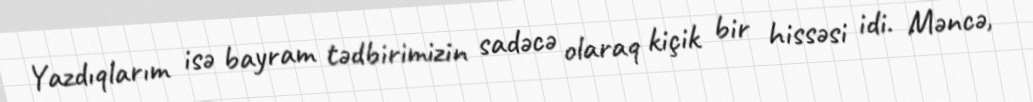
Yazdıqlarım isə bayram tədbirimizin sadəcə olaraq kiçik bir hissəsi idi. Məncə,